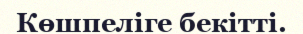
Көшпеліге бекітті.